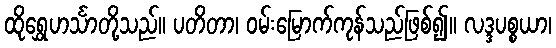
ထိုရွှေဟင်္သာတို့သည်။ ပတိတာ၊ ဝမ်းမြောက်ကုန်သည်ဖြစ်၍။ လဒ္ဒပစ္စယာ၊